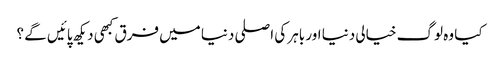
کیا وہ لوگ خیالی دنیا اور باہر کی اصلی دنیا میں فرق کبھی دیکھ پائیں گے ؟